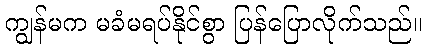
ကျွန်မက မခံမရပ်နိုင်စွာ ပြန်ပြောလိုက်သည်။